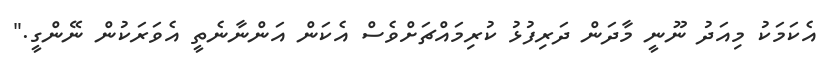
އެކަމަކު މިއަދު ނޫނީ މާދަން ދަރިފުޅު ކުރިމައްޗަށްވެސް އެކަން އަންނާނެތީ އެވަރަކުން ނޭންގީ."